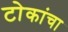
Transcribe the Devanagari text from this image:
टोकांचा